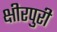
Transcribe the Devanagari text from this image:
क्षीरपुरी